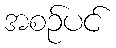
အစဉ်ပင်